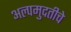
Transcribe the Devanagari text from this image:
अल्पमुदतीचे